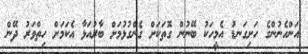
އަންހެނުންގެ ހަށިގަނޑު އެމީހަކު ބޭނުން ގޮތަކަށް ގެންގުޅުމަށް ބާރުއަޅާ އެކަމަށް ހިތްވަރު ދޭން